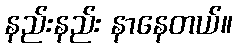
နည်းနည်း နာနေတယ်။